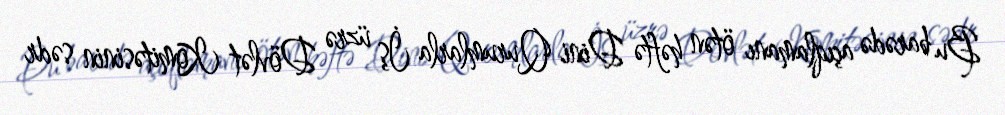
Bu barədə açıqlamanı ötən həftə Dini Qurumlarla İş üzrə Dövlət Komitəsinin sədr